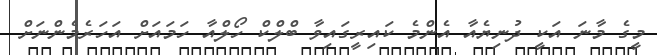
މީގެ މާނަ އަކީ ދުނިޔެއާ އެންމެ ކައިރީގައިވާ ބްލްކް ހޯލްއާ ހަމައަށް އަހަރެމެންނަށް